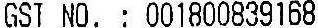
GST NO. : 001800839168